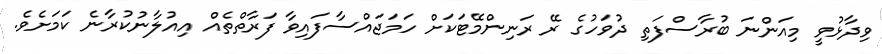
ވިދާޅުވީ މިއަންނަ ބުރާސްފަތި ދުވަހުގެ ރޭ ރަނިންމޭޓަކަށް ހަމަޖައްސާފައިވާ ފަރާތްތެއް އިއުލާނުކުރާނެ ކަމަށެވެ.